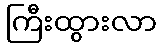
ကြီးထွားလာ